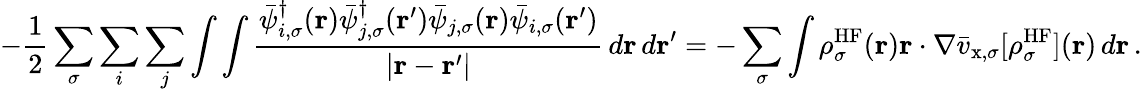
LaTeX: -\frac{1}{2}\sum_{\sigma}\sum_{i}\sum_{j}\int\int\frac{\bar{\psi}_{i,\sigma}^{\dagger}(\boldsymbol{\textbf{r}})\bar{\psi}_{j,\sigma}^{\dagger}(\boldsymbol{\textbf{r}}^{\prime})\bar{\psi}_{j,\sigma}(\boldsymbol{\textbf{r}})\bar{\psi}_{i,\sigma}(\boldsymbol{\textbf{r}}^{\prime})}{|\boldsymbol{\textbf{r}}-\boldsymbol{\textbf{r}}^{\prime}|}\, d\boldsymbol{\textbf{r}}\, d\boldsymbol{\textbf{r}}^{\prime}=-\sum_{\sigma}\int\rho_{\sigma}^{\mathrm{HF}}(\boldsymbol{\textbf{r}})\boldsymbol{\textbf{r}}\cdot\nabla\bar{v}_{\mathrm{x},\sigma}[\rho_{\sigma}^{\mathrm{HF}}](\boldsymbol{\textbf{r}})\, d\boldsymbol{\textbf{r}}\, .